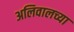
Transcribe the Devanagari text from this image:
अलिवालच्या